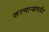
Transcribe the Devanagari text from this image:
करणाऱ्यापर्यंत